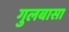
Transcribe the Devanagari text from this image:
गुलबासा